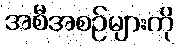
အစီအစဉ်များကို